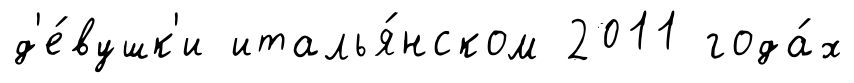
д'е́вушк'и италья́нском 2011 года́х